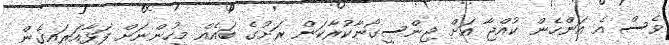
ވެސް އެ އަންހެން ކުއްޖާ އަށް ޖިންސީގޯނާކުރާކަން ރަށުގެ ބައެއް މީހުންނަށް ފަޅާއަރައިގެން